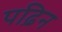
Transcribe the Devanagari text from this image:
पढ़िन